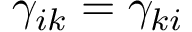
\gamma _ { i k } = \gamma _ { k i }